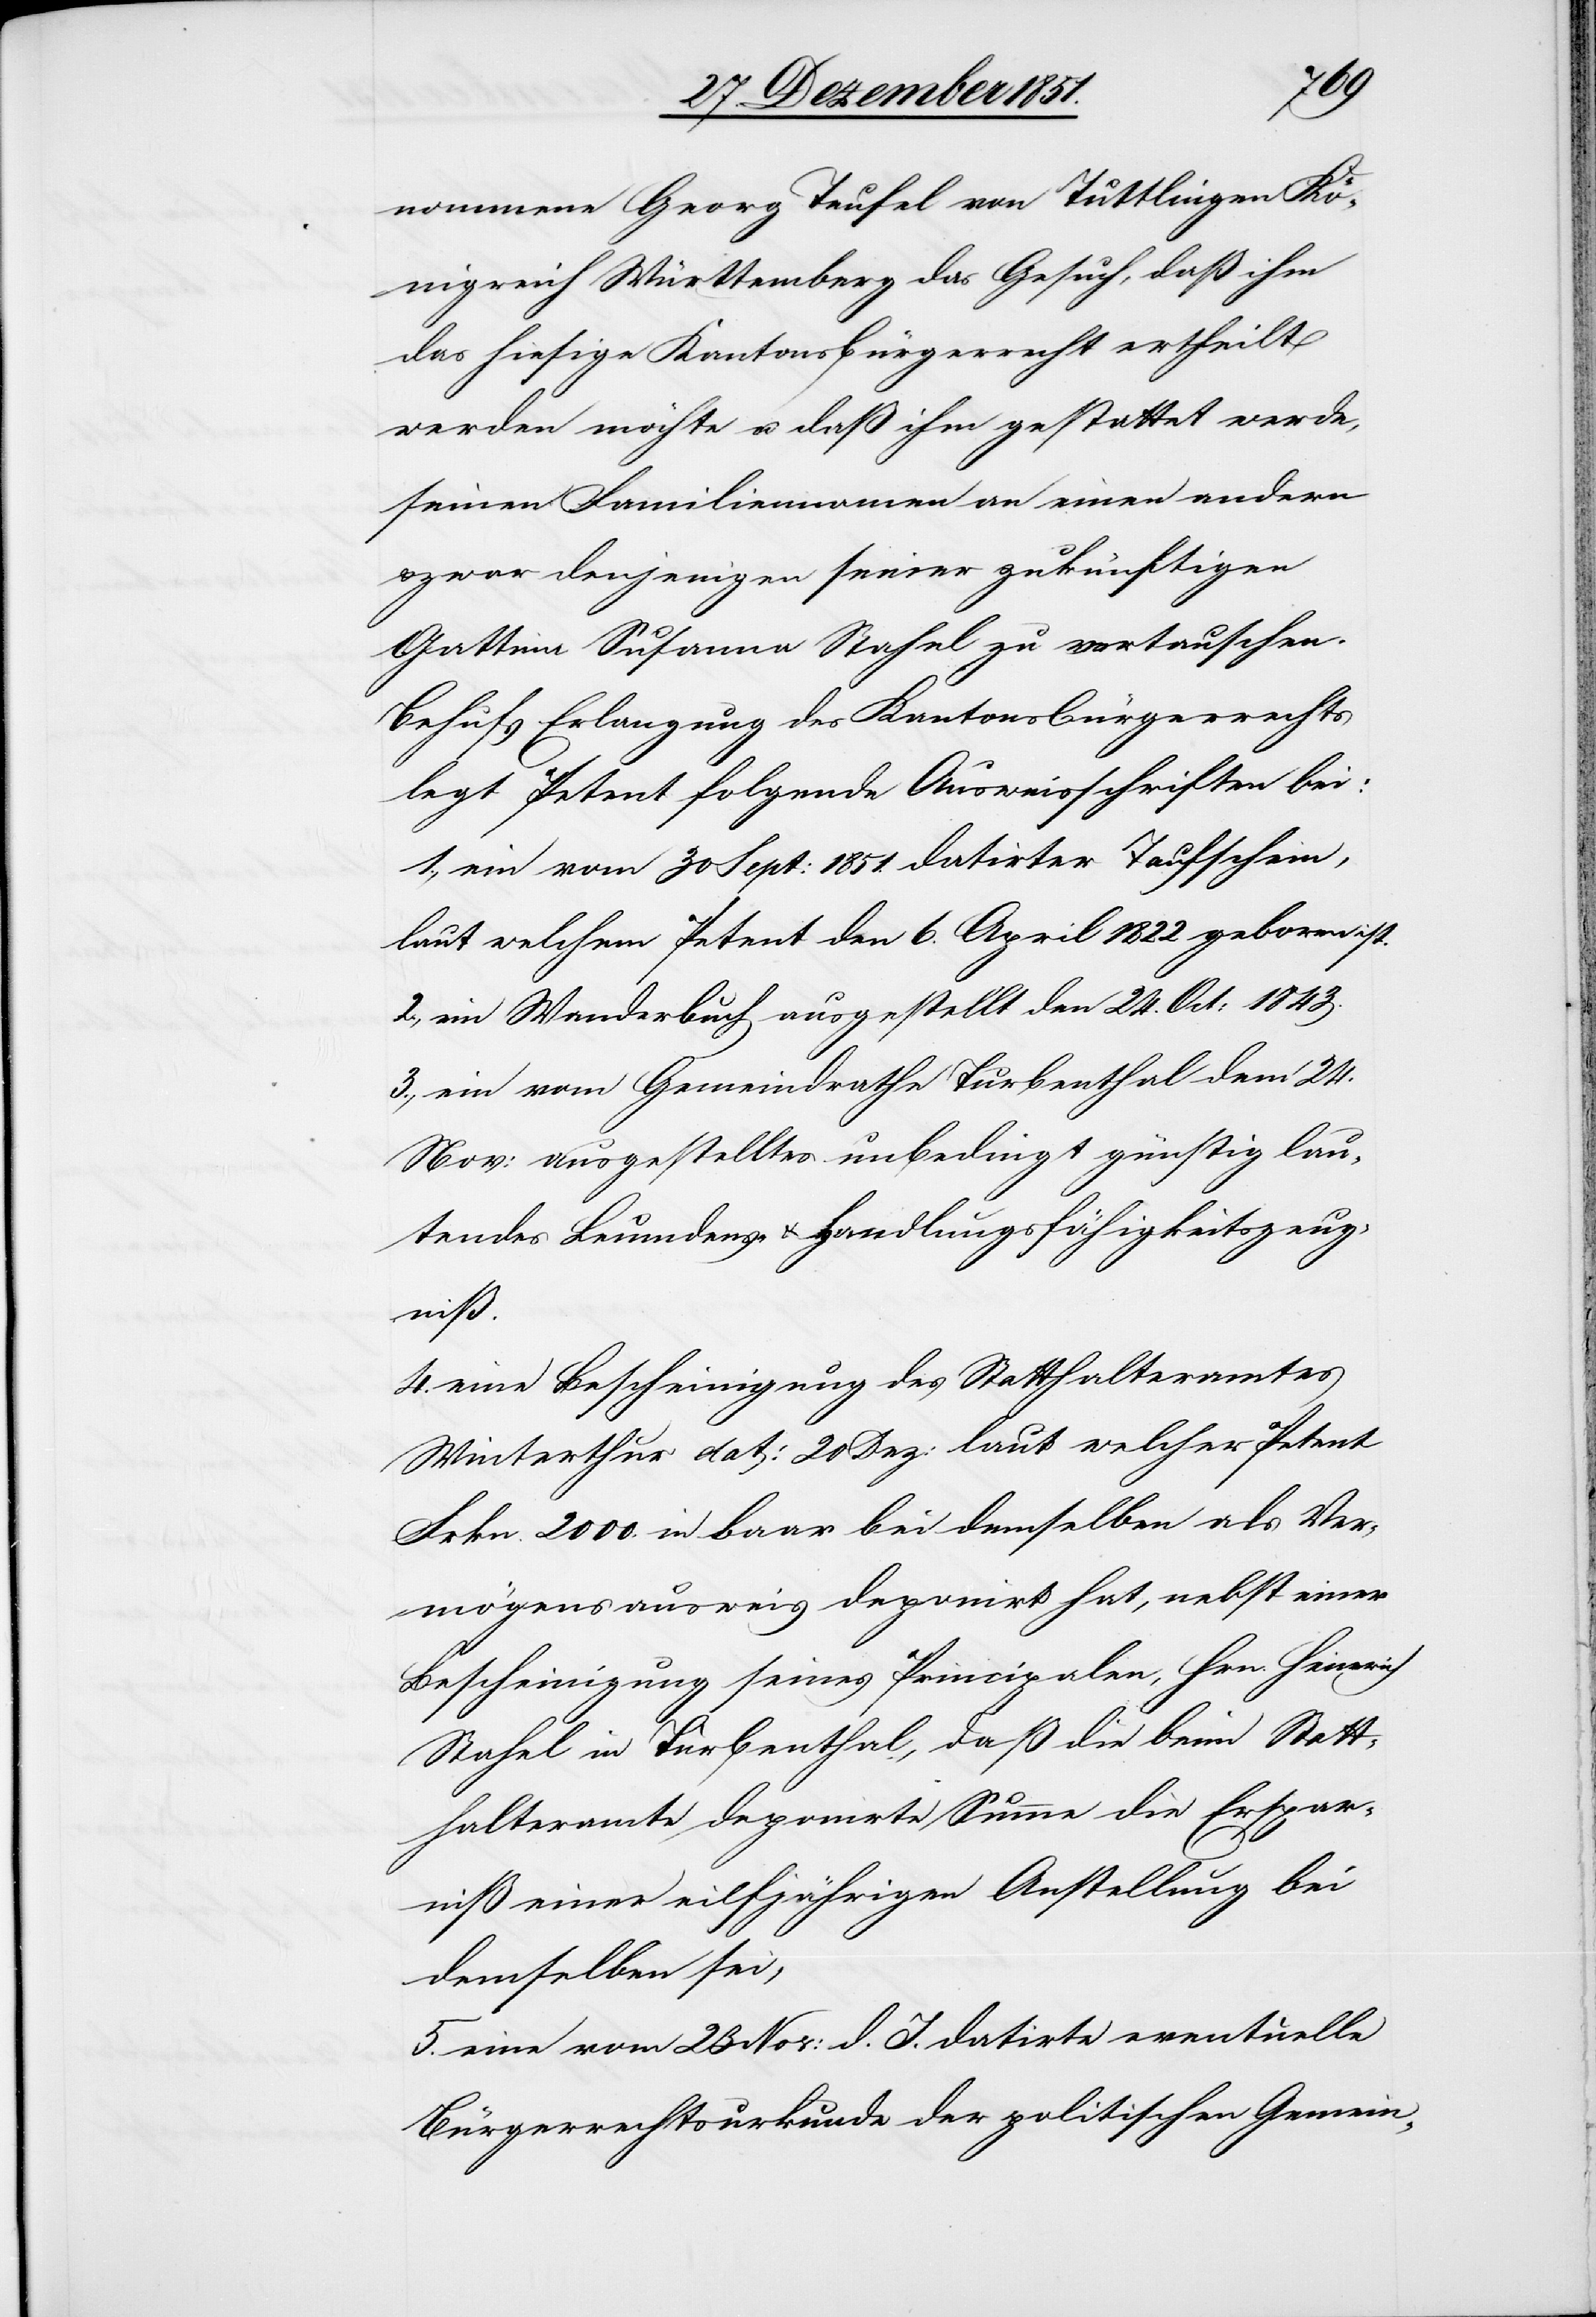
24.
nommene Georg Teufel von Tuttlingen Kö¬
nigreich Württemberg das Gesuch, daß ihm
das hiesige Kantonsbürgerrecht ertheilt
werden möchte u. daß ihm gestattet werde,
seinen Familiennamen an einen andern
zwar denjenigen seiner zukünftigen
Gattinn Susanna Stahel zu vertauschen.
Behufs Erlangung des Kantonsbürgerrechts
legt Petent folgende Ausweisschriften bei:
1., ein vom 30 Sept: 1851. datirter Taufschein,
laut welchem Petent den 6. April 1822 geboren ist.
2., ein Wanderbuch ausgestellt den 24. Oct: 1843.
3., ein vom Gemeindrathe Turbenthal dem [s¬
Nov: ausgestelltes unbedingt günstig lau¬
tendes Leumdens- & Handlungsfähigkeitszeug¬
niß.
4. eine Bescheinigung des Statthalteramtes
Winterthur dat: 20 Dez: laut welcher Petent
Frkn. 2000. in baar bei demselben als Ver¬
mögensausweis deponirt hat, nebst einer
Bescheinigung seines Principalen, Hrn. Heinrich
Stahel in Turbenthal, daß die beim Statt¬
halteramte deponirte Summe die Erspar¬
niß einer eilfjährigen Anstellung bei
demselben sei,
5. eine vom 23 Nov: d. J. datirte eventuelle
Bürgerrechtsurkunde der politischen Gemein-